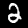
Label: 2